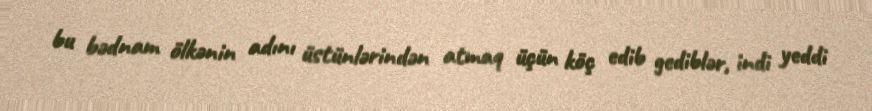
bu bədnam ölkənin adını üstünlərindən atmaq üçün köç edib gediblər, indi yeddi